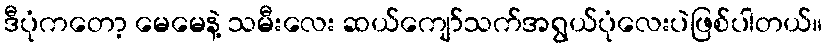
ဒီပုံကတော့ မေမေနဲ့ သမီးလေး ဆယ်ကျော်သက်အရွယ်ပုံလေးပဲဖြစ်ပါတယ်။